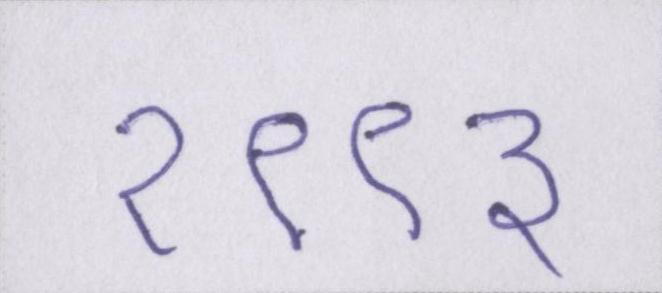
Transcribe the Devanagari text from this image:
१९९३